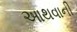
આથવાની